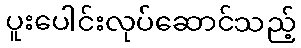
ပူးပေါင်းလုပ်ဆောင်သည့်